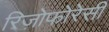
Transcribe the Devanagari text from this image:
रिज़ोफोरेसी